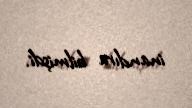
inandıra bilmişdi.